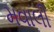
મવાલી